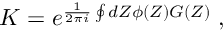
K = e ^ { \frac { 1 } { 2 \pi i } \oint d Z \phi ( Z ) G ( Z ) } \; ,